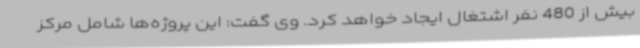
بیش از 480 نفر اشتغال ایجاد خواهد کرد. وی گفت: این پروژه‌ها شامل مرکز